Vaccine operations Central Provinces & Berar 1922-1929 - 1922-1929
Year: 1922
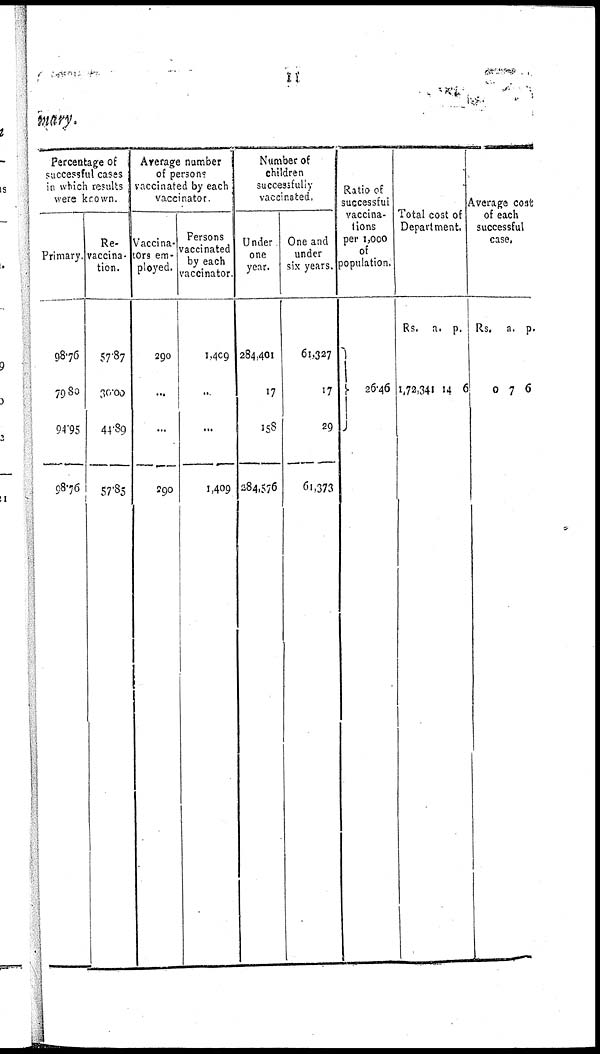
11
mary.
Percentage of
successful cases
in which results
were known.
Primary.
98.76
79.80
94.95
98.76
Re¬
vaccina-
tion.
57.87
30.00
44.89
57.85
Average number
of persons
vaccinated by each
vaccinator
Vaccina-
tors em-
ployed.
290
...
...
290
Persons
vaccinated
by each
vaccinator.
1,409
...
...
1,409
Number of
children
successfully
vaccinated.
Under
one
year.
284,401
17
158
284,576
One and
under
six years.
61,327
17
29
61,373
Ratio of
successful
vaccina-
tions
per 1,000
of
population.
26.46
Total cost of
Department.
Rs.
1,72,341
a.
14
p.
6
Average cost
of each
successful
case.
Rs.
0
a.
7
p.
6